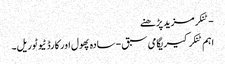
- ٹنکرمزید پڑھنے
اہم ٹنکرکیریگامی سبق - سادہ پھول اور کارڈ ٹیوٹوریل۔